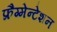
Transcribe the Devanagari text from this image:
फ्रैग्मेन्टेशन